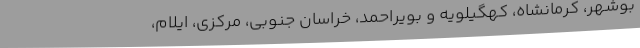
بوشهر، کرمانشاه، کهگیلویه و بویراحمد، خراسان جنوبی، مرکزی، ایلام،